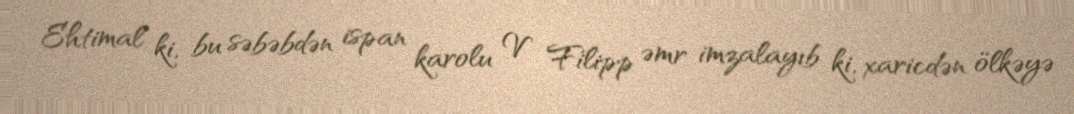
Ehtimal ki, bu səbəbdən ispan karolu V Filipp əmr imzalayıb ki, xaricdən ölkəyə